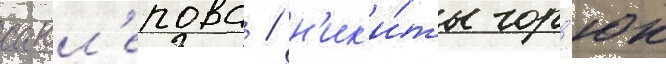
савл'епова / н'ик'и́ты гор'юк